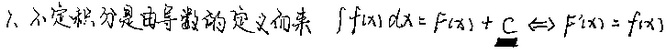
1. 不定积分是由导数的定义而来
\[\int f(x)\mathrm{d}x = F(x)+C \Leftrightarrow F^{\prime}(x)=f(x)\]